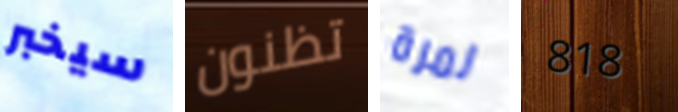
سيخبر تظنون لمرة 818